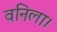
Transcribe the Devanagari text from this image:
वनिला।